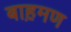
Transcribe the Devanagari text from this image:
बाह़मण